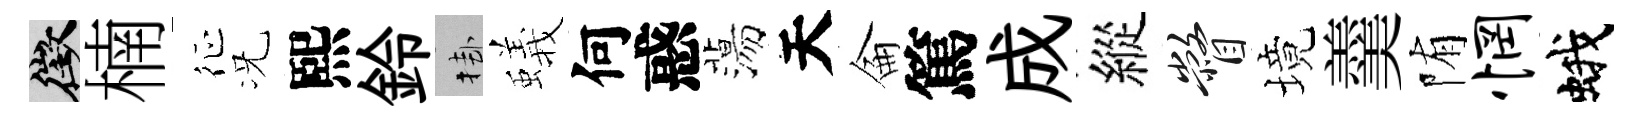
徵楠征况熙鈴挂蟻何惑蕩天侖篤成縱瞥境羹陏惘蛾